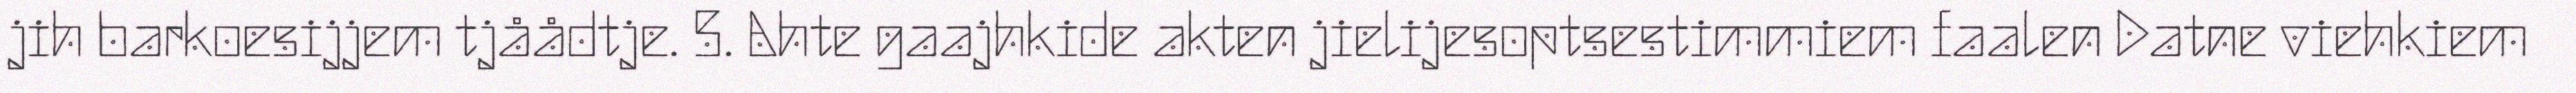
jih barkoesijjem tjåådtje. 5. Ahte gaajhkide akten jielijesoptsestimmiem faalen Datne viehkiem